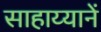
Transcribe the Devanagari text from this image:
साहाय्यानें